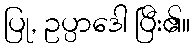
ပြု, ဥပ္ပာဒေါ ပြီး၏။